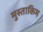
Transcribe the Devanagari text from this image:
मुस्ताकिम